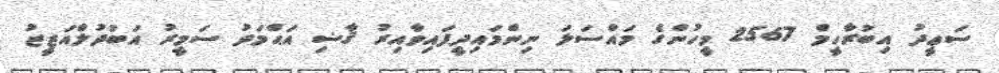
ސަޢީދު އިބުރާހީމް 2567 މީހުންގެ މައްސަލަ ނިންމައިދީފައިވާއިރު ޤާޟި އަޙްމަދު ސަމީރު އަބުދުލްއަޒީޒު